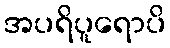
အပရိပူရောပိ